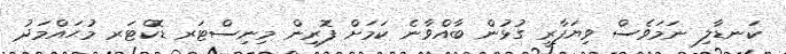
ކަނޑާލި ނަމަވެސް ވިޔަފާރީ ގުޅުން ބާއްވާނެ ކަމަށް ފޮރިން މިނިސްޓަރ ޑޮކްޓަރ މުޙައްމަދު